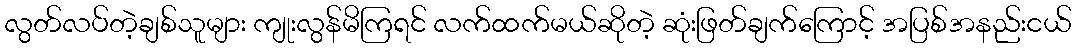
လွတ်လပ်တဲ့ချစ်သူများ ကျုးလွန်မိကြရင် လက်ထက်မယ်ဆိုတဲ့ ဆုံးဖြတ်ချက်ကြောင့် အပြစ်အနည်းငယ်